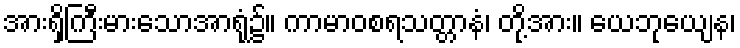
အားရှိကြီးမားသောအာရုံ၌။ ကာမာဝစရသတ္တာနံ၊ တို့အား။ ယေဘုယျေန၊